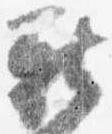
新